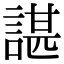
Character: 諶